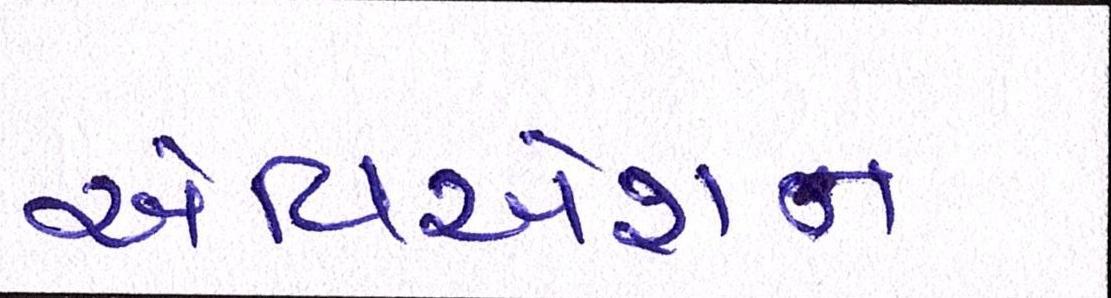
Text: એવિએશન